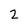
Character: 2